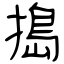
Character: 搗